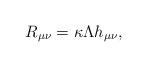
LaTeX: \begin{align*}R_{\mu\nu}=\kappa\Lambda h_{\mu\nu},\end{align*}